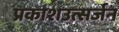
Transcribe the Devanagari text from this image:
प्रकाशउत्सर्जन